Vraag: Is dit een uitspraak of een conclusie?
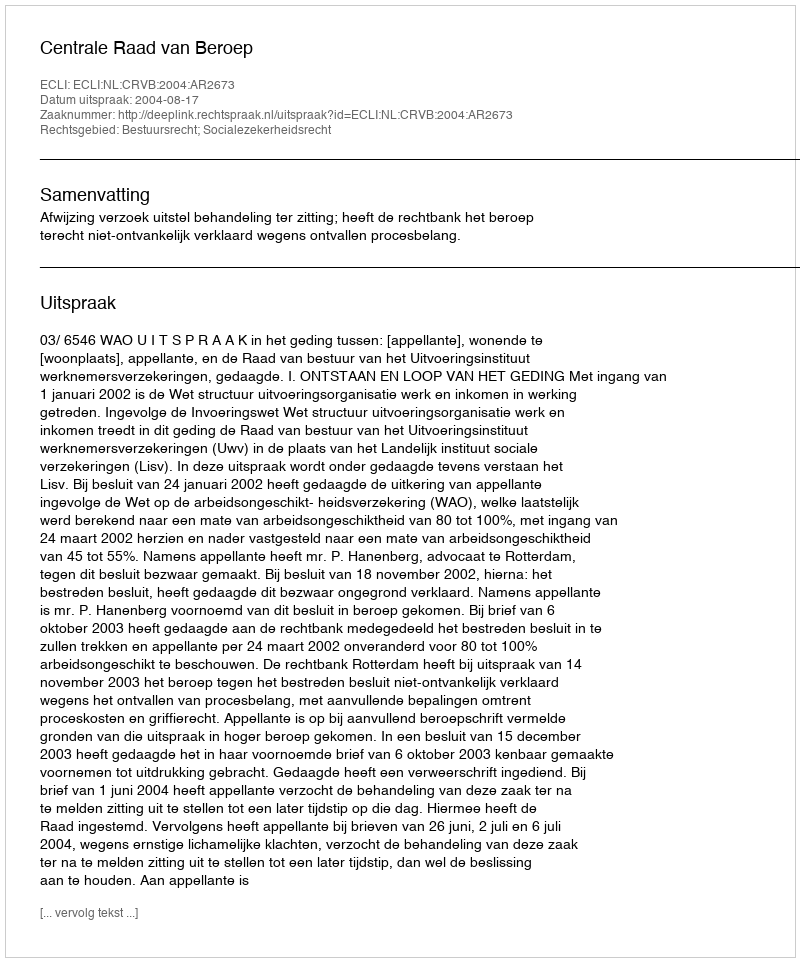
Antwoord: Uitspraak